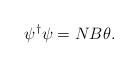
\begin{align*}\psi^{\dag} \psi = N B \theta.\end{align*}